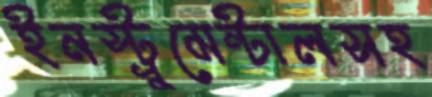
ইনস্ট্রুমেন্টালসহ